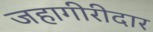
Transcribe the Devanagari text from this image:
जहागीरीदार